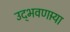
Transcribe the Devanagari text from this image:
उद्‌भवणार्‍या